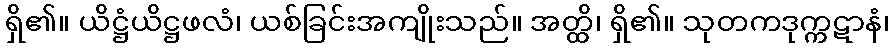
ရှိ၏။ ယိဋ္ဌံယိဋ္ဌဖလံ၊ ယစ်ခြင်းအကျိုးသည်။ အတ္ထိ၊ ရှိ၏။ သုတကဒုက္ကဋာနံ၊